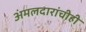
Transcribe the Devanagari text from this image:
अंमलदारांचीही